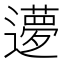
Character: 𬩝